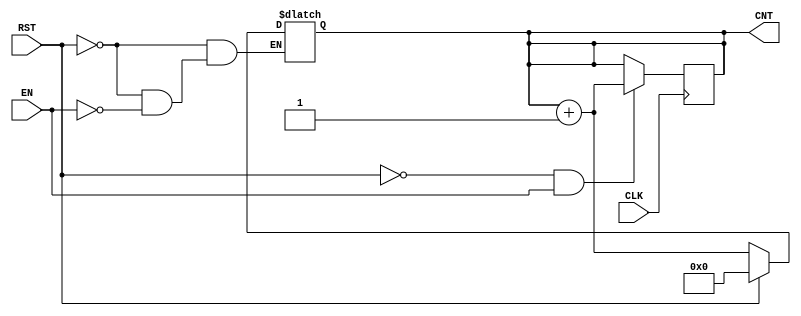
module dynamic_asynchronous_counter #(
    parameter WIDTH = 8  // Define the width of the counter
)(
    input wire CLK,      // Clock input
    input wire RST,      // Asynchronous reset input
    input wire EN,      // Enable signal
    output reg [WIDTH-1:0] CNT  // Counter output
);

    // Asynchronous Reset
    always @(*) begin
        if (RST) begin
            CNT = 0;  // Reset counter to zero
        end
        else if (EN) begin
            // Increment counter on clock edge
            CNT = CNT + 1;
        end
        // If EN is low, retain current value (hold state)
    end

    // Sequential logic to handle the clock edge
    always @(posedge CLK) begin
        if (!RST && EN) begin
            CNT <= CNT + 1;  // Update counter on rising edge of CLK if EN is high
        end
    end

endmodule